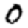
Digit: 0